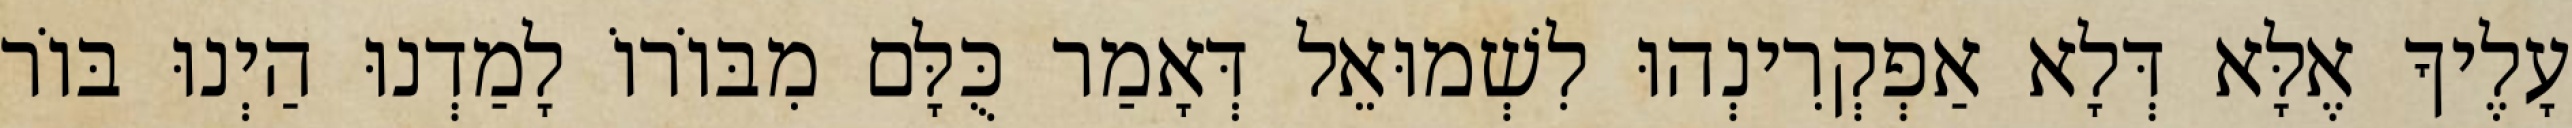
עָלֶיךָ אֶלָּא דְּלָא אַפְקְרִינְהוּ לִשְׁמוּאֵל דְּאָמַר כֻּלָּם מִבּוֹרוֹ לָמַדְנוּ הַיְנוּ בּוֹר